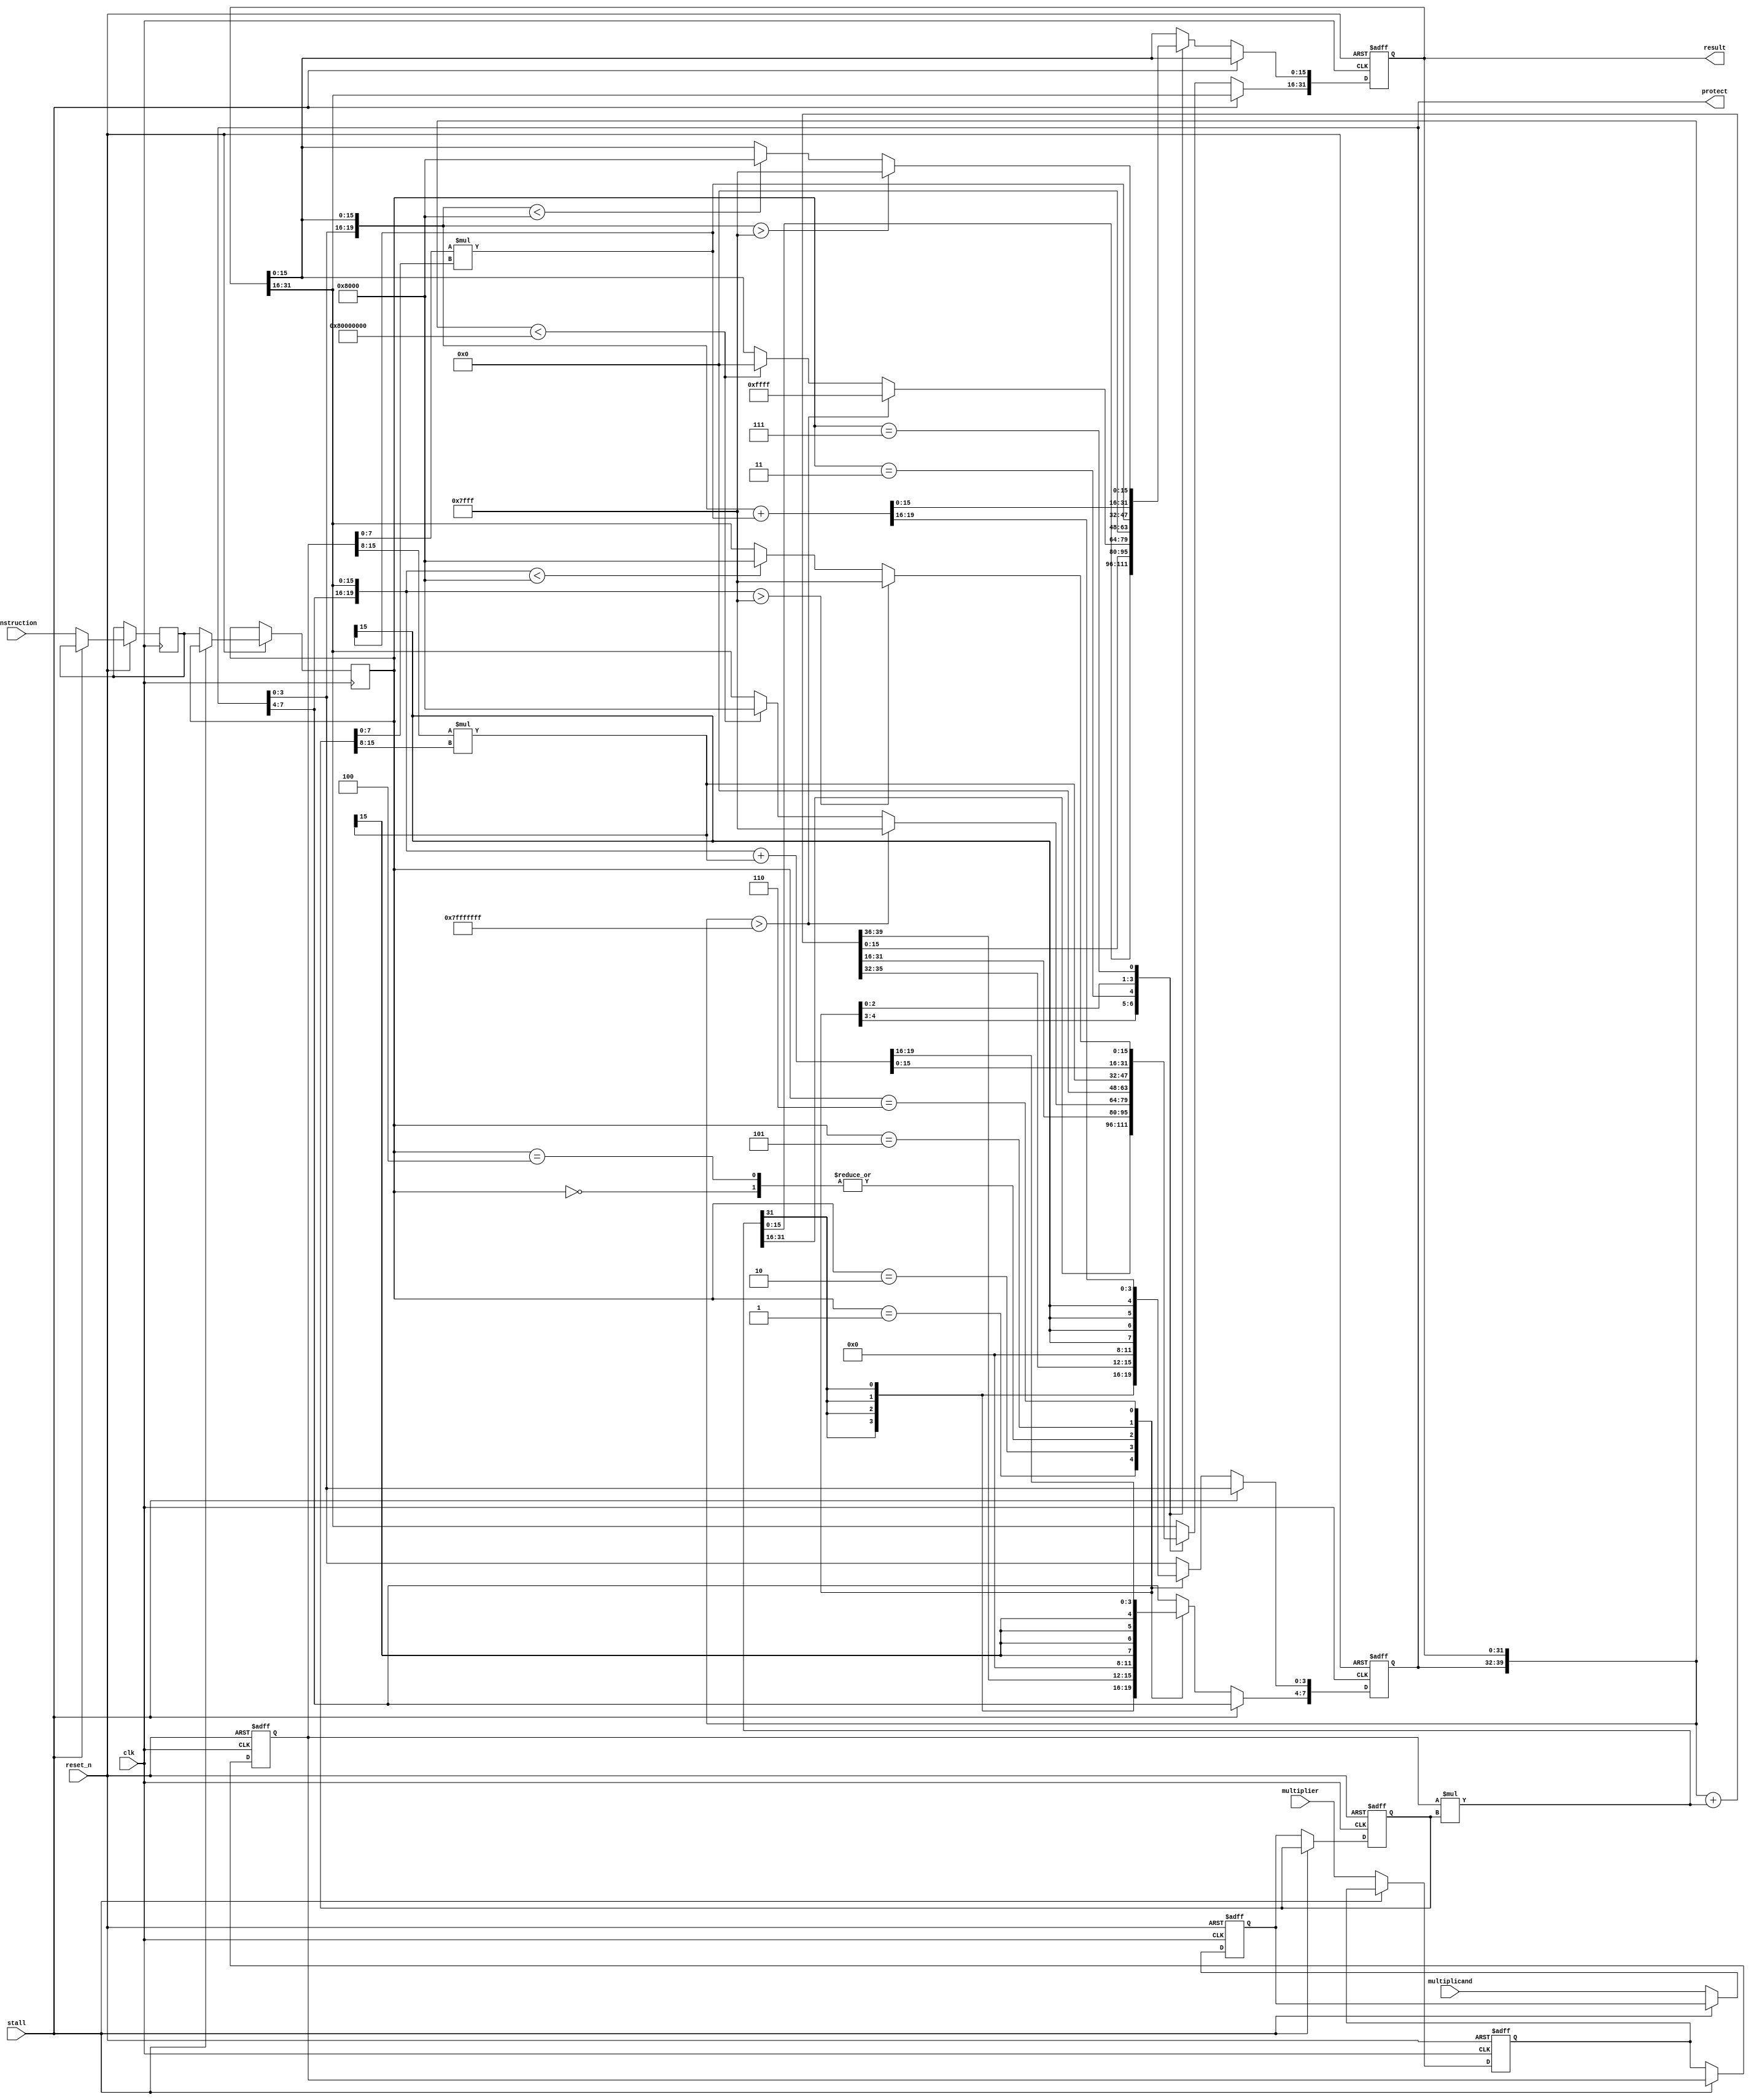
module mac (instruction, multiplier, multiplicand, stall, clk, reset_n, result, protect);
input [15:0] multiplier;
input [15:0] multiplicand; 
input  clk;
input  reset_n;
input  stall;
input  [2:0] instruction;
output reg[31:0] result;
output reg[7:0] protect;

reg signed [15:0] reg1[1:0];        //reg to store multiplier[0] & multiplicand[1]
reg signed [15:0] reg2[1:0];
reg[2:0] ins1;
reg[2:0] ins2;

always @(posedge clk or negedge reset_n) begin
    if(!reset_n)begin                           //active low
        reg1[0] <= 16'd0;
        reg1[1] <= 16'd0;
        reg2[0] <= 16'd0;
        reg2[1] <= 16'd0;
    end
    else begin
        if(!stall)begin
            reg1[0] <= multiplier;
            reg1[1] <= multiplicand;
            ins1 <= instruction;
            reg2[0] <= reg1[0];
            reg2[1] <= reg1[1];
            ins2 <= ins1; 
        end
    end
end

always @(posedge clk or negedge reset_n) begin
    if(!reset_n)begin
        result <= 32'd0;
        protect <= 8'd0;
    end
    else if(!stall)begin
        case (ins2)
        3'b000:begin
            protect[7:0] <= 8'h0;
            result[31:0] <= 32'h0;
        end                                                     //16bit clear
        3'b001:
            {protect[7:0],result[31:0]} <= reg2[0] * reg2[1];
        3'b010:
            {protect[7:0],result[31:0]} <= $signed({protect[7:0],result[31:0]}) + (reg2[0] * reg2[1]);
            
        3'b011:begin
            if($signed({protect[7:0], result[31:0]}) > $signed(40'h007fffffff)) begin
                result[31:0] <= 32'h7fffffff;
            end
            else if($signed({protect[7:0], result[31:0]}) < $signed(40'hff80000000)) begin
                result[31:0] <= 32'h80000000;
            end 
        end
        3'b100:begin
            protect[7:0] <= 8'h0;
            result[31:0] <= 32'h0;
        end                                                    //8bit clear
        3'b101:begin
            {protect[3:0],result[15:0]} <= $signed(reg2[0][7:0]) * $signed(reg2[1][7:0]);
            {protect[7:4],result[31:16]} <= $signed(reg2[0][15:8]) * $signed(reg2[1][15:8]);
        end
        3'b110:begin
            {protect[3:0],result[15:0]} <= $signed({protect[3:0],result[15:0]}) + ($signed(reg2[0][7:0]) * $signed(reg2[1][7:0]));
            {protect[7:4],result[31:16]} <= $signed({protect[7:4],result[31:16]}) + ($signed(reg2[0][15:8]) * $signed(reg2[1][15:8])); 
        end
        3'b111:begin
            if ($signed({protect[3:0], result[15:0]}) > $signed(20'h07fff)) begin                 //result[15:0]
                result[15:0] <= 16'h7fff;
            end
            else if ($signed({protect[3:0], result[15:0]}) < $signed(20'hf8000)) begin
                result[15:0] <= 16'h8000;
            end
            if ($signed({protect[7:4], result[31:16]}) > $signed(20'h07fff)) begin                 //result[31:16]
                result[31:16] <= 16'h7fff;
            end
            else if ($signed({protect[7:4], result[31:16]}) < $signed(20'hf8000)) begin
                result[31:16] <= 16'h8000;
            end
        end
    endcase 
    end
end

endmodule